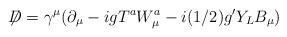
LaTeX: \begin{align*}\not{\!\! D}=\gamma^{\mu}(\partial_{\mu} - igT^{a}W_{\mu}^{a} - i(1/2)g^{\prime}Y_{L}B_{\mu})\end{align*}